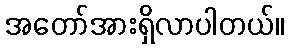
အတော်အားရှိလာပါတယ်။